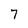
Character: 7